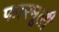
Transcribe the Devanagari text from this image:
फारमूली